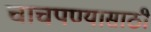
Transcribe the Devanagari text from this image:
चाचपण्यासाठी